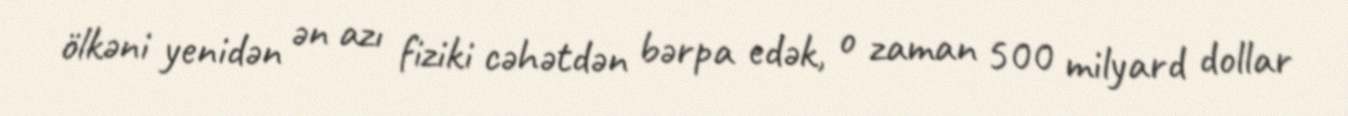
ölkəni yenidən ən azı fiziki cəhətdən bərpa edək, o zaman 500 milyard dollar